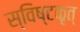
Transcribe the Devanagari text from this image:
स्विष्टकृत्